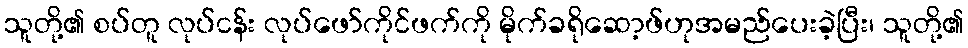
သူတို့၏ စပ်တူ လုပ်ငန်း လုပ်ဖော်ကိုင်ဖက်ကို မိုက်ခရိုဆော့ဖ်ဟုအမည်ပေးခဲ့ပြီး၊ သူတို့၏